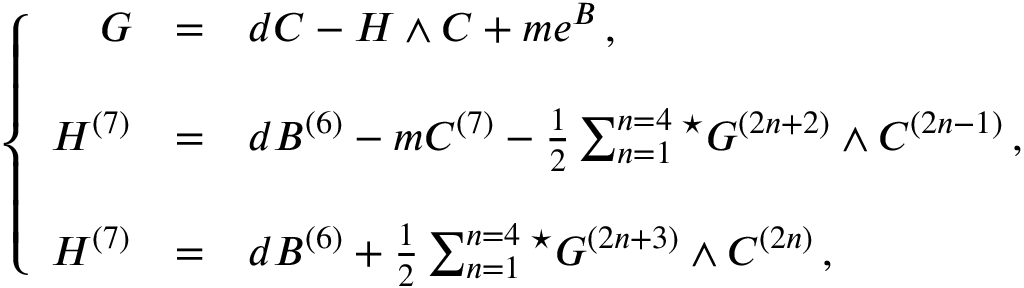
\left\{ \begin{array} { r c l } { { G } } & { { = } } & { { d C - H \wedge C + m e ^ { B } \, , } } \\ { { } } & { { } } & { { } } \\ { { H ^ { ( 7 ) } } } & { { = } } & { { d B ^ { ( 6 ) } - m C ^ { ( 7 ) } - \frac { 1 } { 2 } \sum _ { n = 1 } ^ { n = 4 } { } ^ { \star } G ^ { ( 2 n + 2 ) } \wedge C ^ { ( 2 n - 1 ) } \, , } } \\ { { } } & { { } } & { { } } \\ { { { \cal H } ^ { ( 7 ) } } } & { { = } } & { { d { \cal B } ^ { ( 6 ) } + \frac { 1 } { 2 } \sum _ { n = 1 } ^ { n = 4 } { } ^ { \star } G ^ { ( 2 n + 3 ) } \wedge C ^ { ( 2 n ) } \, , } } \end{array} \right.